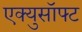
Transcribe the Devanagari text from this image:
एक्युसॉफ्ट